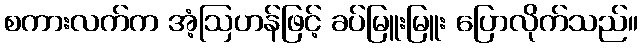
စကားလက်က အံ့ဩဟန်ဖြင့် ခပ်မြူးမြူး ပြောလိုက်သည်။